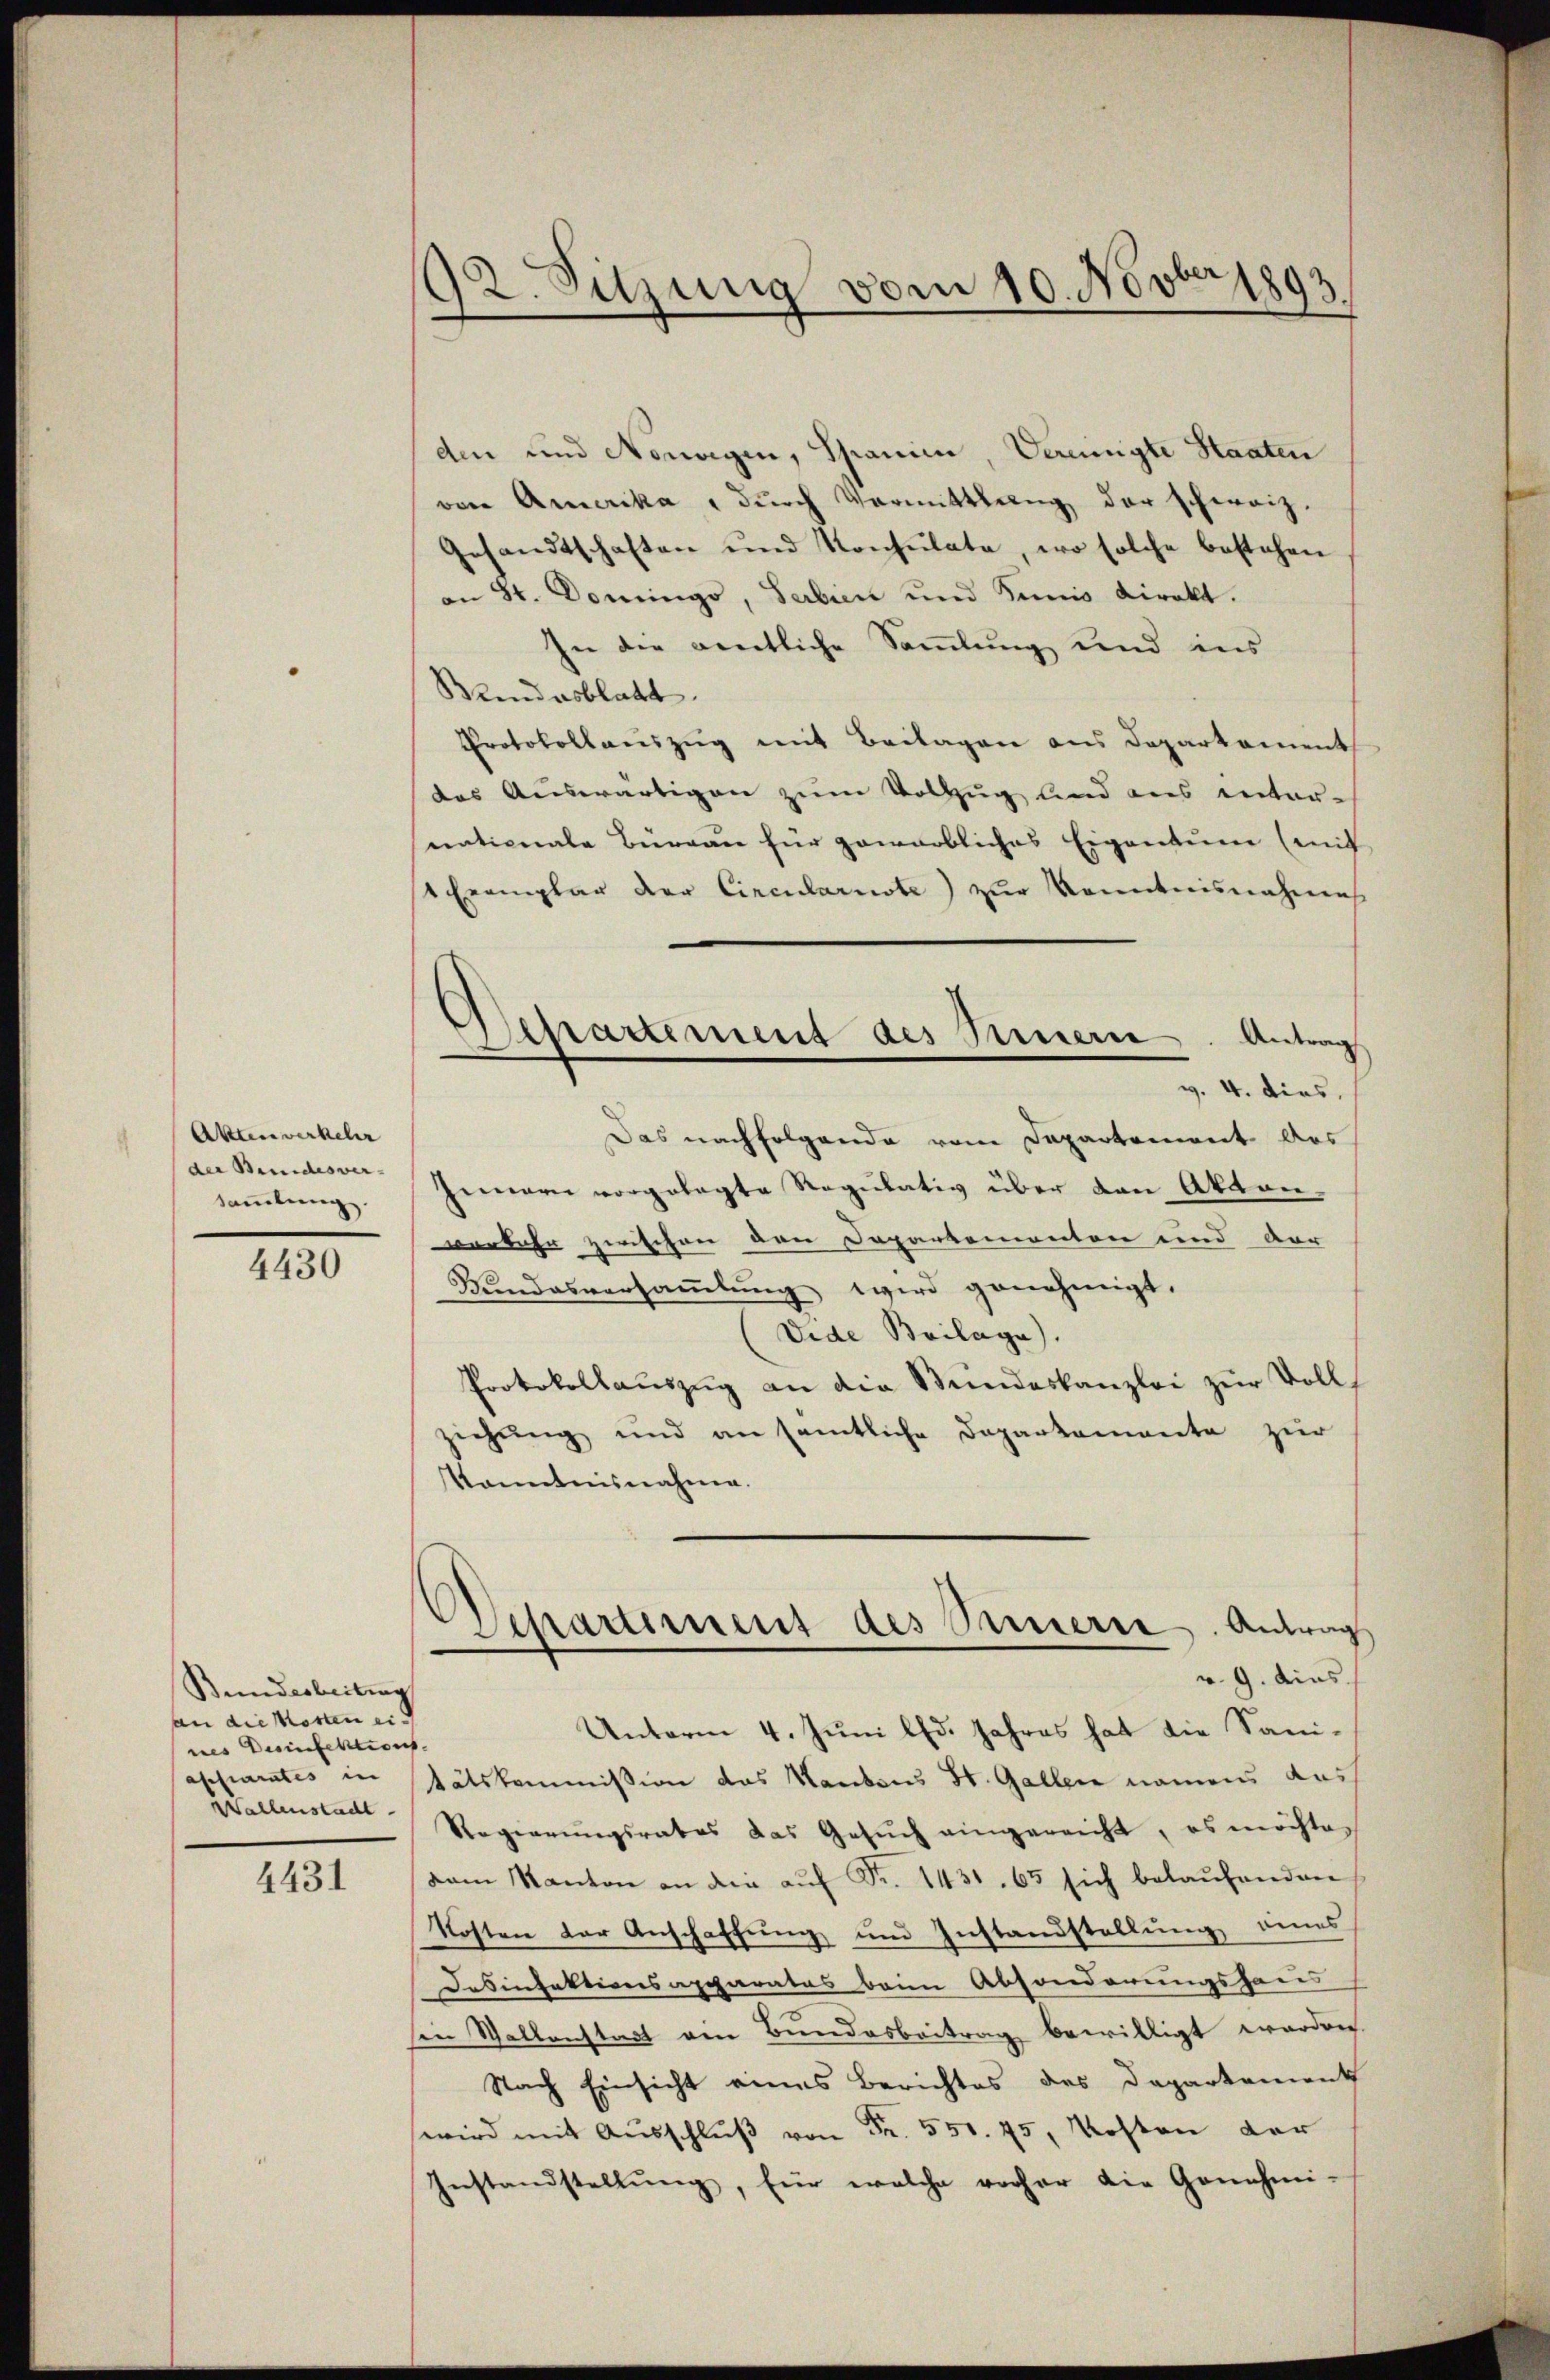
Akten verkehr
der Bundesver- |
Sammlung.

4430

Bundesbeitung
an die Kosten eines Desinfektions.
apparates in
Wallenstadt

4431

12. Sitzung vom 10. Novber 1893

den und Nowagen, Spanien, Vereinigte Staaten
von Amerika, dŭrch Vermittlung der schweiz.
Gesandtschaften und Konsulate, wo solche bestehen
an Sr. Domingo, Serbien und Seis direkt.
In der gentliche Samlung und ins
Wundesblatt
Protokollauszug mit Beilagen aus Departement
das Auswärtigen zum Vollzug und aus unter-
nationale Bergan für gewarbliches Eigentume (mit
1 Exemplar der Circularuste) zur Kenntnisnahme
Das nachfolgende vom Departement das
Innern vorgelegte Regulativ über den Aktenverkehr zwischen den Departementen und der
Bundesversaṁlŭng wird genehmigt.
(Vide Beilage).
Protokollaŭszŭg an die Stundeskanzlei zur Vollziehung und an sämtliche Departemente zŭr
Kenntnisnahme.
Schaument des Serie. Antrag
v. 9. Ains.
Unterm 4. Juni lfd. Jahres hat die Sanitätskommission das Kantons St. Gallen namens das
Regierungsrates das Gesŭch eingereicht, es möchten
dam Kanton an die aŭf Fr. 1431. 65 sich belaŭfenden
Kosten der Anschaffung und Instandstellung eines
Desinfektionsapparates beim Absonderungshaus
in Wallenstag von Bundesbeitrag bewilligt werden.
Nach Einsicht eines Berichtes des Departement
wird mit Aŭsschlŭβ von Fr. 551. 75, Kosten der
Instandstellŭng, für welche vorher die Genehmi-

Separtement des Innern. Antrag
v. 4. dies